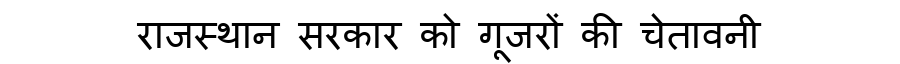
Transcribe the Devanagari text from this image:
राजस्थान सरकार को गूजरों की चेतावनी